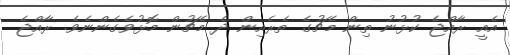
އެއީ ރާއްޖެ ކުޅުނު ތިން މެޗުގެ ތެރެއިން ދެ މެޗުން މޮޅުވެގެންނެވެ. ރާއްޖެ